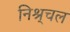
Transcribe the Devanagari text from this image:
निश्र्चल